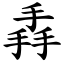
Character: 掱